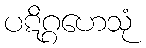
ပဋိဂ္ဂဟေသုံ